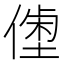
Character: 𠍝